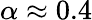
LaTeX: \alpha\approx 0.4